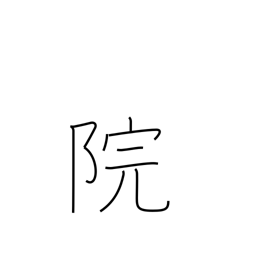
Meaning: temple